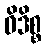
ဝိဒိစ္စ